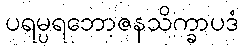
ပရမ္ပရဘောဇနသိက္ခာပဒံ